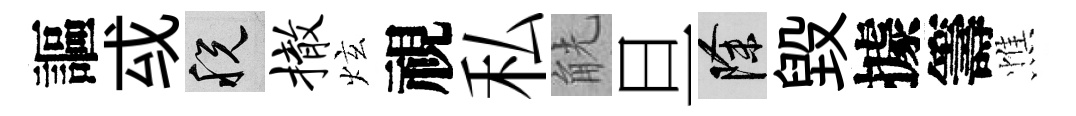
謳㦯税撤炫視私觥旦除毁據籌憔